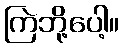
ကြဲဘို့ပေါ့။